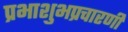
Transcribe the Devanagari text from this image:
प्रभाशुभप्रचारणी